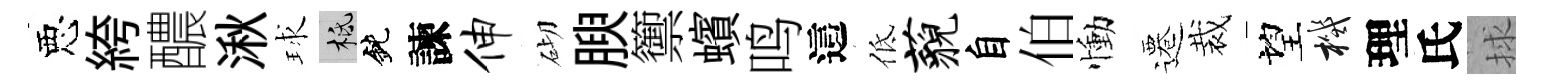
惡絝醲湫球柢鈍諫伸砌腴籞蠙鸣這低藐自伯慟遷裁望機理氏捄